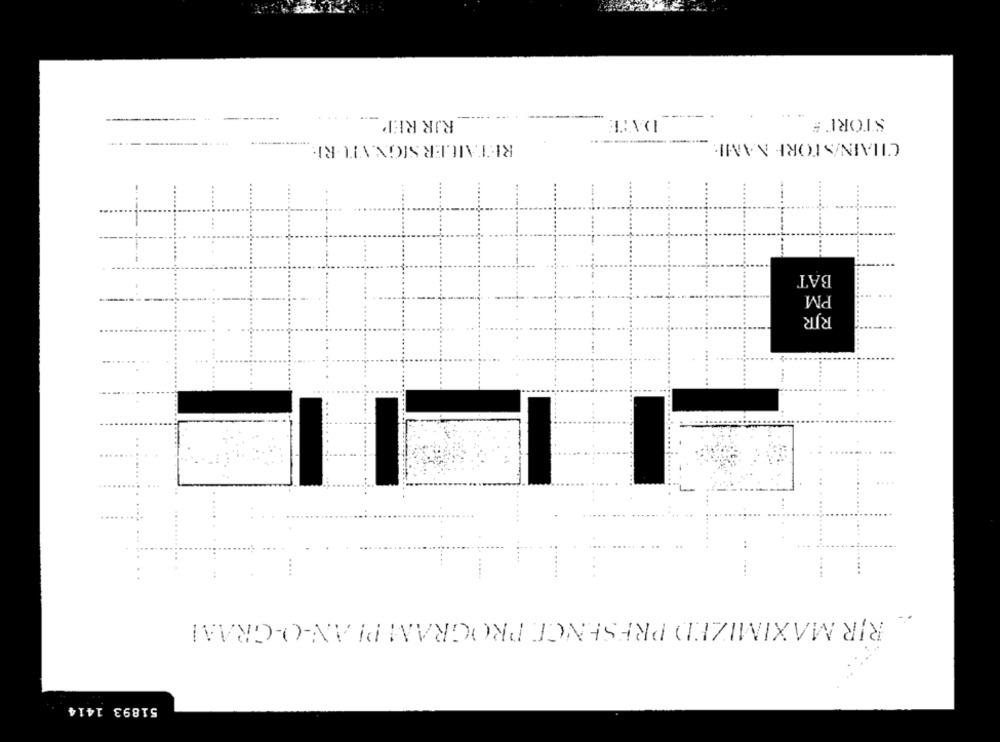
---
DATE
STORIE
RJR REP
RETAILER SIGNATURI
CHAIN/STORE NAMI
BAT
PM
RJR
... .
..
..
....
RIR MAXIMIZED PRESENCE PROGRAM PIAN-O-GRAMI
51893 1414